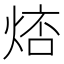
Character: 𤉮